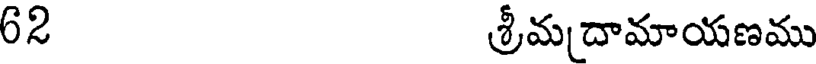
62 శ్రీమదామాయణము